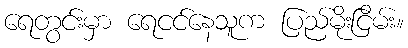
ရေတွင်းမှာ ရေငင်နေသူက ပြည်မိုးငြိမ်း။